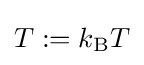
T:=k_{\text{B}}T